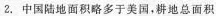
2. 中国陆地面积略多于美国，耕地总面积